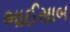
ભાઈસાબ